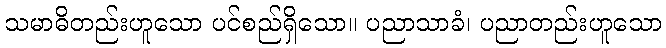
သမာဓိတည်းဟူသော ပင်စည်ရှိသော။ ပညာသာခံ၊ ပညာတည်းဟူသော